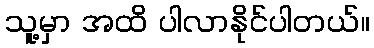
သူ့မှာ အထိ ပါလာနိုင်ပါတယ်။